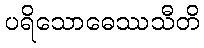
ပရိသောဓေဿသီတိ